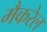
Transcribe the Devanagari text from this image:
मैकरेल